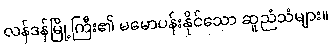
လန်ဒန်မြို့ကြီး၏ မမောပန်းနိုင်သော ဆူညံသံများ။